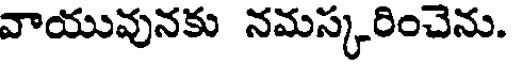
వాయువునకు నమస్కరించెను.